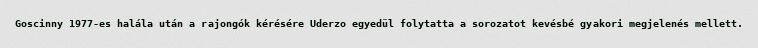
Goscinny 1977-es halála után a rajongók kérésére Uderzo egyedül folytatta a sorozatot kevésbé gyakori megjelenés mellett.